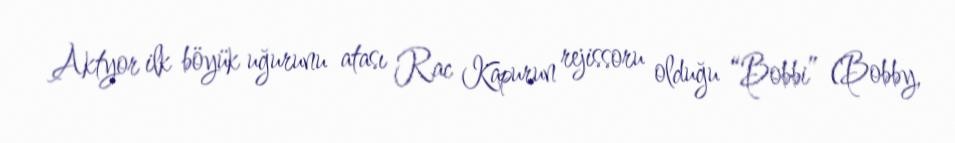
Aktyor ilk böyük uğurunu atası Rac Kapurun rejissoru olduğu “Bobbi” (Bobby,